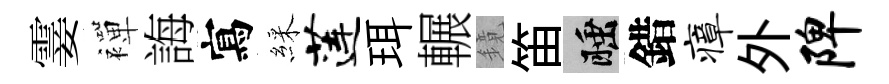
霎襌誨寫綵莲珥輾鏡笛睡錯瘴外陴